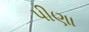
પીણા